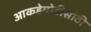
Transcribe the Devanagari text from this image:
आकडेमोडीसाठी